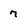
Character: 7